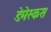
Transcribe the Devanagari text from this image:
डेमेस्कस